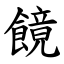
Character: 䭗